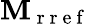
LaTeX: \mathbf{M}_{\mathrm{~r~r~e~f~}}